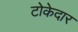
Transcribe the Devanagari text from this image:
टोकेदार